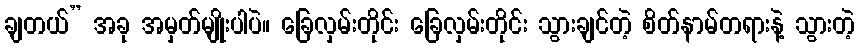
ချတယ်” အခု အမှတ်မျိုးပါပဲ။ ခြေလှမ်းတိုင်း ခြေလှမ်းတိုင်း သွားချင်တဲ့ စိတ်နာမ်တရားနဲ့ သွားတဲ့